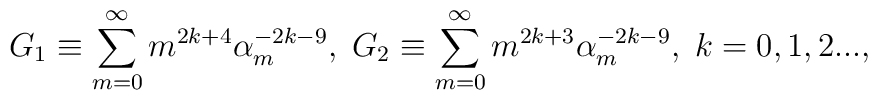
G_{1} \equiv \sum_{m=0}^{\infty}m^{2k+4}\alpha_{m}^{-2k-9}, \;G_{2} \equiv \sum_{m=0}^{\infty}m^{2k+3}\alpha_{m}^{-2k-9}, \;k=0,1,2 ...,